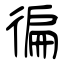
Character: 徧